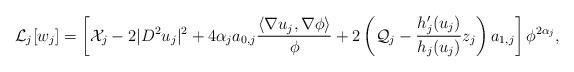
LaTeX: \begin{align*} \mathcal{L}_j[w_j]= \left[ \mathcal X_j -2|D^2 u_j|^2+ 4 \alpha_j a_{0,j} \frac{\langle \nabla u_j,\nabla \phi\rangle}{\phi}+ 2\left(\mathcal Q_j-\frac{h_j'(u_j)}{h_j(u_j)} z_j\right) a_{1,j}\right] \phi^{2 \alpha_j},\end{align*}